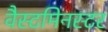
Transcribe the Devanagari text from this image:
वैस्टमिनस्टर